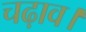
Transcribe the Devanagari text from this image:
चढ़ाव।